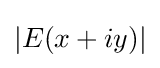
|E(x+iy)|